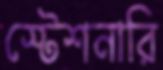
স্টেশনারি